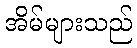
အိမ်များသည်